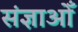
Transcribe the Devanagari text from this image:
संज्ञाओँ